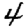
Digit: 4